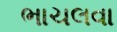
ભાચલવા